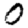
Digit: 0